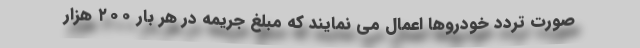
صورت تردد خودروها اعمال می نمایند که مبلغ جریمه در هر بار ۲۰۰ هزار